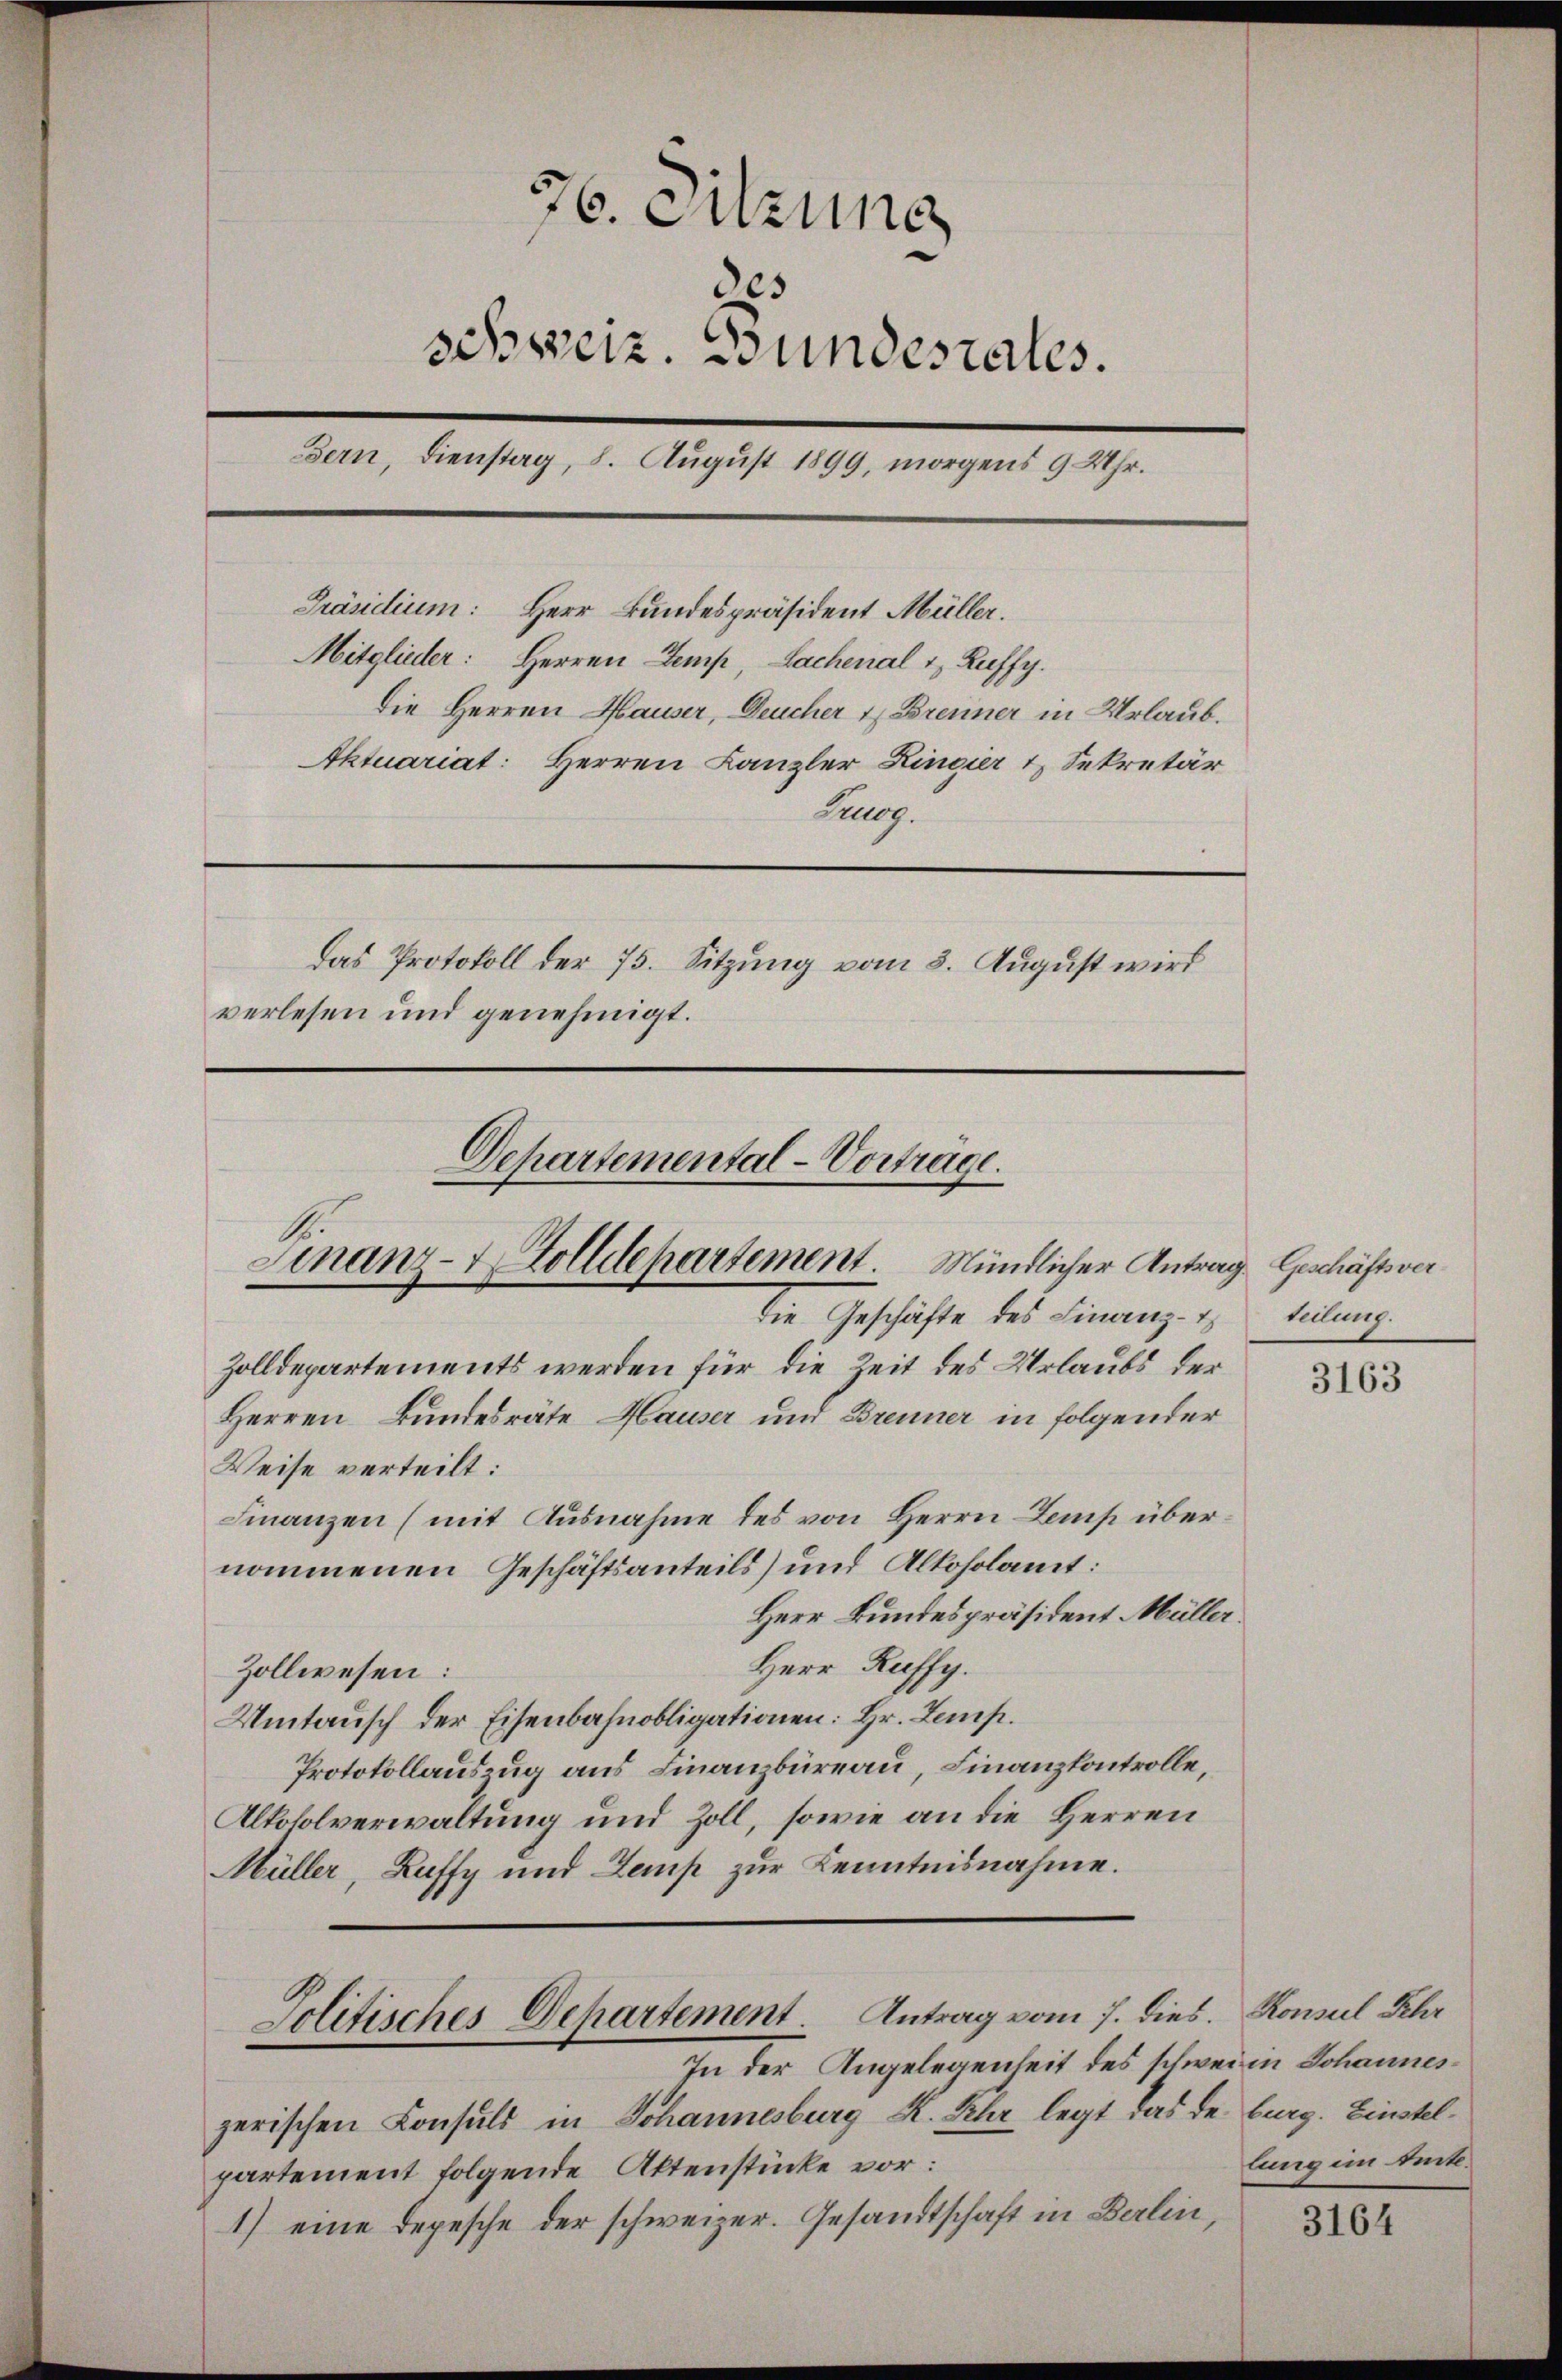
76. Sitzung
32.
schweiz. Bundestates.
Bern, Dienstag, 8. August 1899, morgens 9 Uhr.
Präsidium: Herr Bundespräsident Müller.
Mitglieder: Herren Temp, Lachenal & Ruffy.
Die Herren Hauser, Deucher & Brenner in Urlaub.
Aktuariat: Herren Kanzler Lingier & Sekretär
Zug.
das Protokoll der 75. Sitzung vom 8. August wird
verlesen und genehmigt.

Zolldepartements werden für die Zeit des Urlaubs der
Herren Bundesräte Hauser und Brenner in folgender
Weise verteilt:
Finanzen (mit Ausnahme des von Herrn Lemp übernommenen Geschäftsanteils) und Alkoholamt:
Herr Bundespräsident Müller
Herr Raffy.
Zollwesen:
Umtausch der Eisenbahnobligationen: Hr. Lemp.
Protokollauszug aus Finanzbüreau, Finanzkontrolle,
Alkoholverwaltung und Zoll, sowie an die Herren
Müller, Kuffy und Zemp zur Kenntnisnahme.

Departemental-Vorträge.
Finanz-Zolldepartement. Mündlicher Antrag Geschäftsverdie Geschäfte des Finanz-

zerischen Consuls in Johannesburg K. Ihr legt das de burg. Einstelpartement folgende Aktenstücke vor:
1) eine Depesche der schweizer. Gesandtschaft in Berlin,

Politisches Departement. Antrag vom 7. dies. Konsul Schr
In der Angelegenheit des schweien Johannes¬

teilung.

3163

lung im Amte.

3164